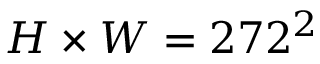
H \times W = 2 7 2 ^ { 2 }